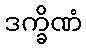
ဒက္ခိဏံ